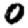
Digit: 0